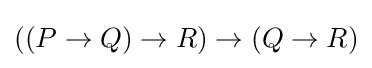
((P\to Q)\to R)\to (Q\to R)